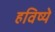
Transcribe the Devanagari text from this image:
हविष्ये